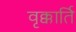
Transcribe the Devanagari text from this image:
वृक्कार्ति